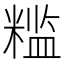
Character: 𬖮